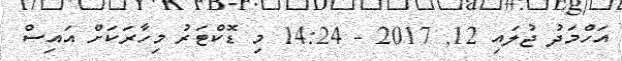
އަހްމަދު ޖުލައި 12